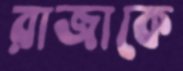
রাজাকে